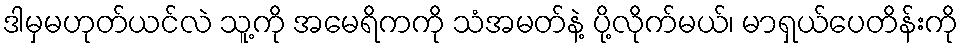
ဒါမှမဟုတ်ယင်လဲ သူ့ကို အမေရိကကို သံအမတ်နဲ့ ပို့လိုက်မယ်၊ မာရှယ်ပေတိန်းကို